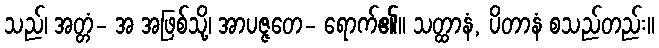
သည်၊ အတ္တံ- အ အဖြစ်သို့၊ အာပဇ္ဇတေ- ရောက်၏။ သတ္ထာနံ, ပိတာနံ စသည်တည်း။